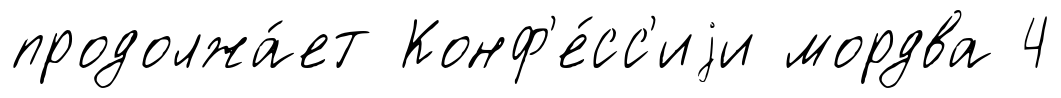
продолжа́ет Конф'е́сс'иjи мордва 4